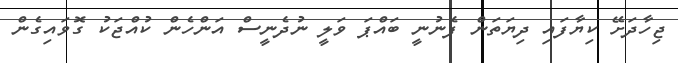
ޖިހާދަށޭ ކިޔާފައި ދިޔަތަން ފެނުނީ ބައްޕަ ވަލީ ނުދެނީސް އަންހެން ކުއްޖަކު ގޮވައިގެން